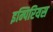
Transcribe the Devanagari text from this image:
इम्पिरियस